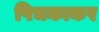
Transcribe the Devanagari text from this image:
पिचकाकर